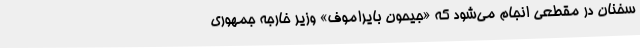
سخنان در مقطعی انجام می‌شود که «جیحون بایراموف» وزیر خارجه جمهوری